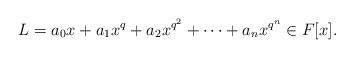
LaTeX: \begin{align*}L=a_0x+a_1x^q+a_2x^{q^2}+\cdots+a_n x^{q^n} \in F[x].\end{align*}